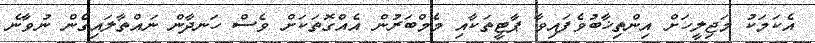
އެކަމަކު މަޖިލީހަށް އިންތިޚާބުވެފައިވާ ޕާޓީތަކާއި މެމްބަރުން އެއްގޮތަކަށް ވެސް ހަނދާން ނައްތާލައިގެން ނުވާނެ